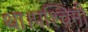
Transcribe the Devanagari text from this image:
था।पश्चिमी